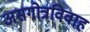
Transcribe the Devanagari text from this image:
असगोत्रविवाह